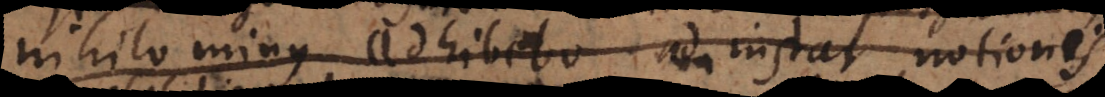
nihilominus adhibebo ad instar notionis